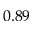
0 . 8 9